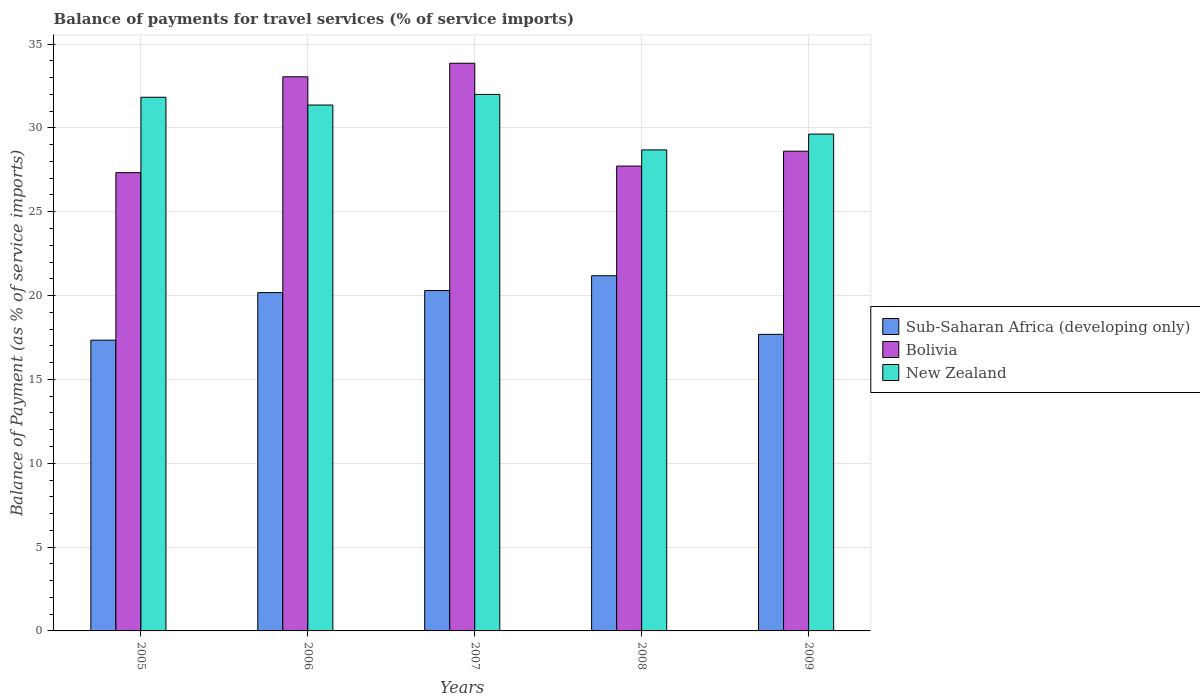
| Years | Sub-Saharan Africa (developing only) | Bolivia | New Zealand |
 | --- | --- | --- | --- |
 | 2005 | 17.3 | 27.3 | 31.8 |
 | 2006 | 20.2 | 33 | 31.4 |
 | 2007 | 20.3 | 33.9 | 32 |
 | 2008 | 21.2 | 27.7 | 28.7 |
 | 2009 | 17.7 | 28.6 | 29.6 |